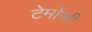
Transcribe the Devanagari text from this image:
टेमोंजी